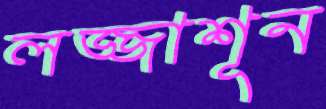
লজ্জাশূন